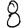
Digit: 8